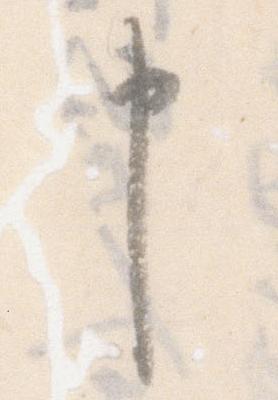
申